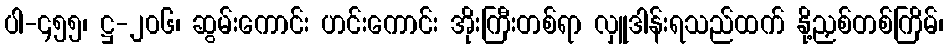
ပါ-၄၅၅၊ ဋ္ဌ-၂၀၆၊ ဆွမ်းကောင်း ဟင်းကောင်း အိုးကြီးတစ်ရာ လှူဒါန်းရသည်ထက် နို့ညှစ်တစ်ကြိမ်၊